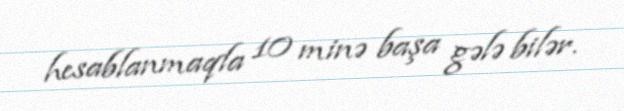
hesablanmaqla 10 minə başa gələ bilər.